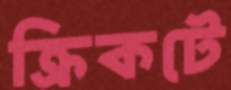
ক্রিকটে